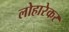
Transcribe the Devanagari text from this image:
लोहारेकर